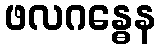
ဖလဂန္ဓေန